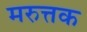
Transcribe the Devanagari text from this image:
मरुत्तक